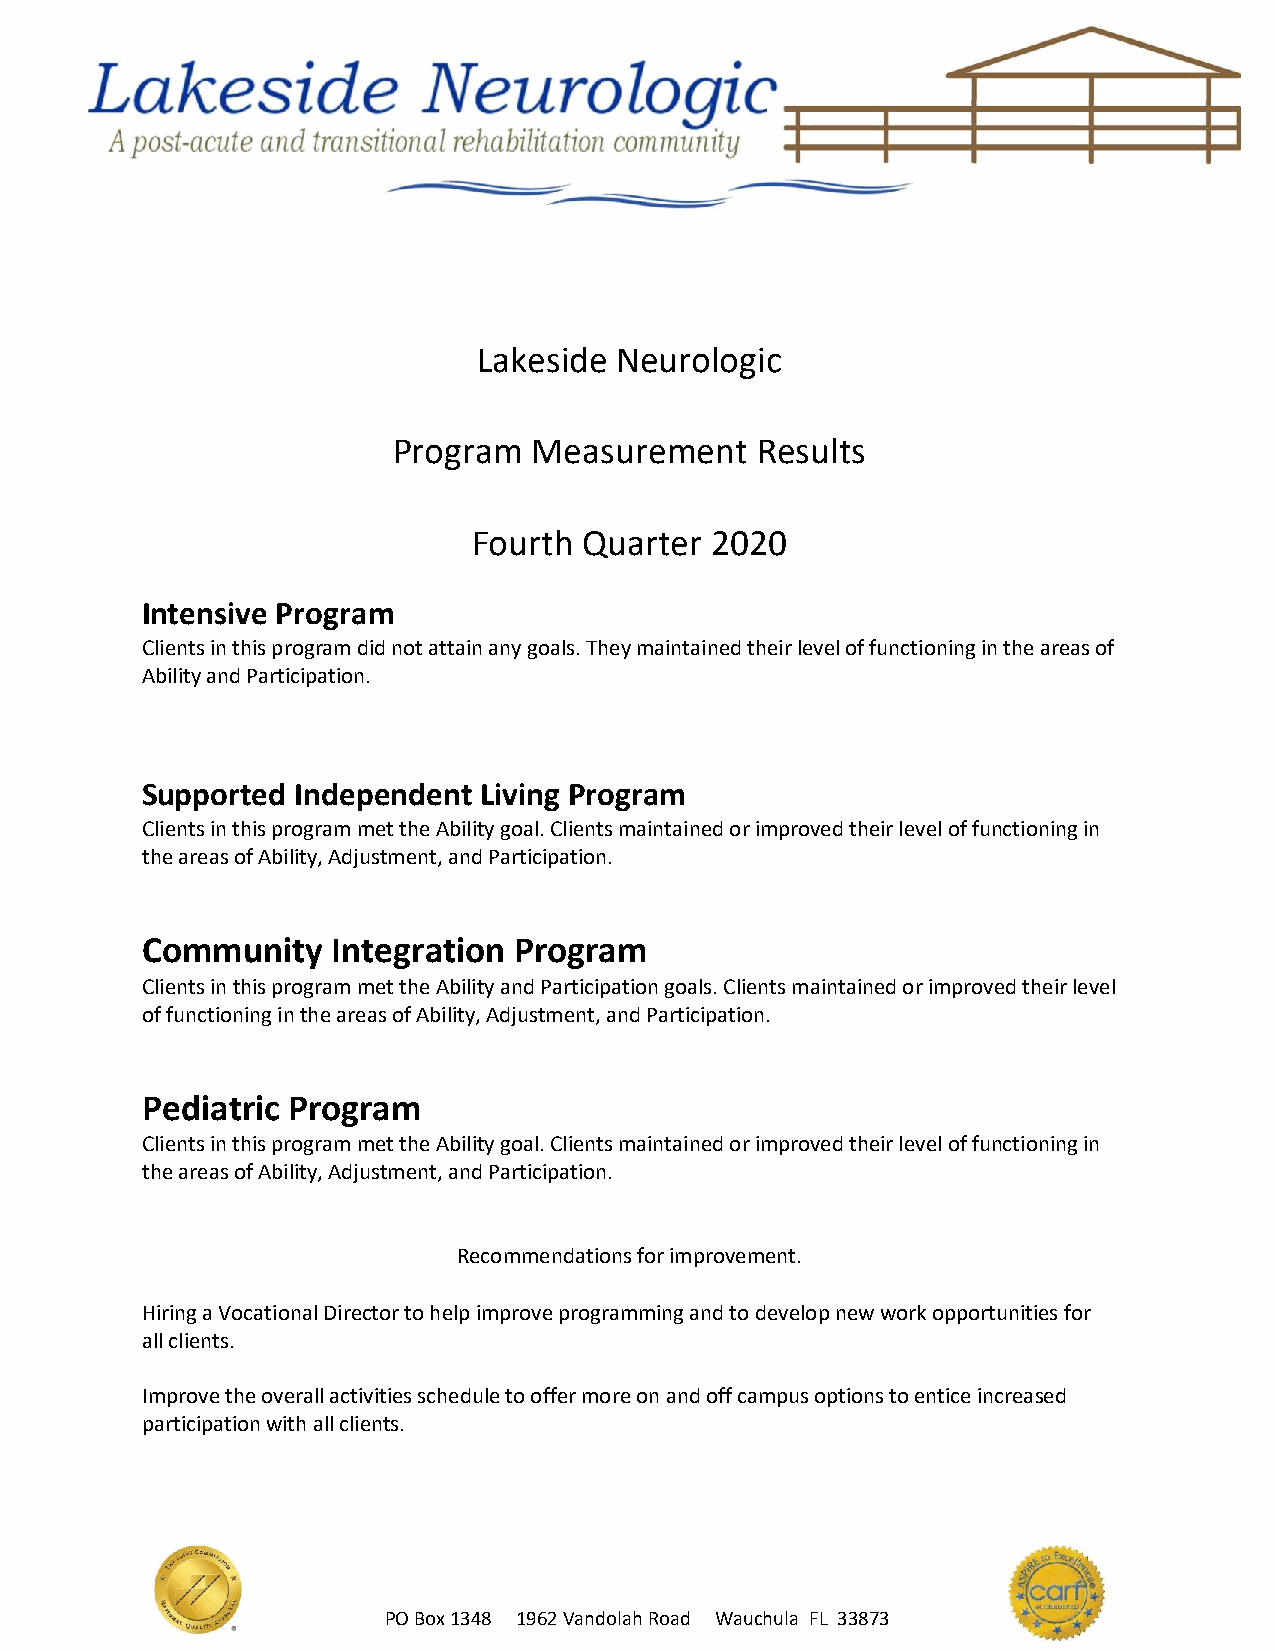
Lakeside Neurologic
 Program  Measurement    Results
 Fourth  Quarter 2020
 Intensive Program
 Clients in this program did not attain any goals. They maintained their level of functioning in the areas of
 Ability and Participation.
 Supported  Independent Living Program
 Clients in this program met the Ability goal. Clients maintained or improved their level of functioning in
 the areas of Ability, Adjustment, and Participation.
 Community    Integration Program
 Clients in this program met the Ability and Participation goals. Clients maintained or improved their level
 of functioning in the areas of Ability, Adjustment, and Participation.
 Pediatric Program
 Clients in this program met the Ability goal. Clients maintained or improved their level of functioning in
 the areas of Ability, Adjustment, and Participation.
 Recommendations for improvement.
 Hiring a Vocational Director to help improve programming and to develop new work opportunities for
 all clients.
 Improve the overall activities schedule to offer more on and off campus options to entice increased
 participation with all clients.
 PO Box 1348 1962 Vandolah Road Wauchula FL 33873